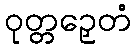
ဝုတ္တဉှေတံ